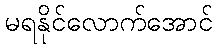
မရနိုင်လောက်အောင်